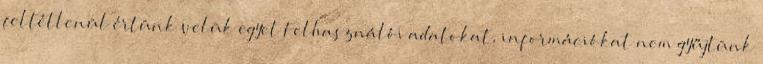
feltétlenül értünk velük egyet Felhasználói adatokat, információkat nem gyűjtünk